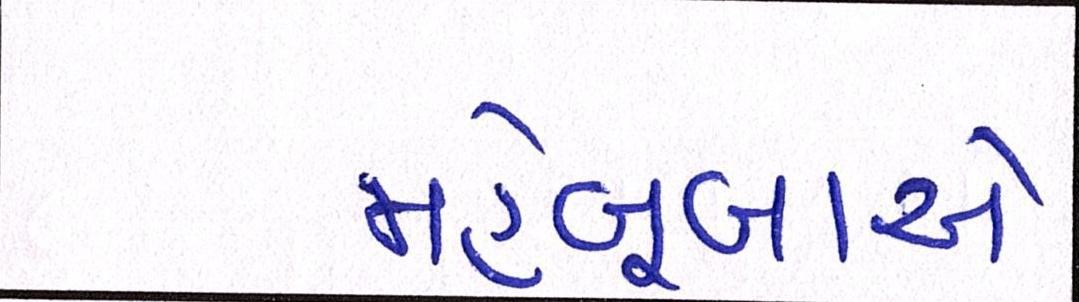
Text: મહેબૂબાએ